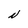
Character: N